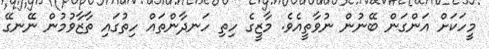
މީހަކަށް އަންގަން ބޭނުން ނުވާތީއެވެ. މާޒީގެ ހިތި ހަނދާންތައް ހިތުގައި ތާޒާވުމުން ނޭނގޭ